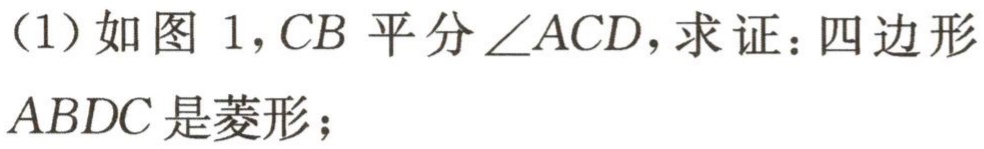
（1）如图 1，$CB$平分$\angle ACD$，求证：四边形$ABDC$是菱形；